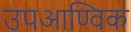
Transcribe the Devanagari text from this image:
उपआण्विक